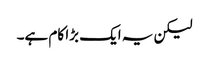
لیکن یہ ایک بڑا کام ہے۔